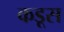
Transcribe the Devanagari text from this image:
कडूस